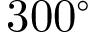
3 0 0 ^ { \circ }